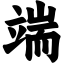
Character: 端